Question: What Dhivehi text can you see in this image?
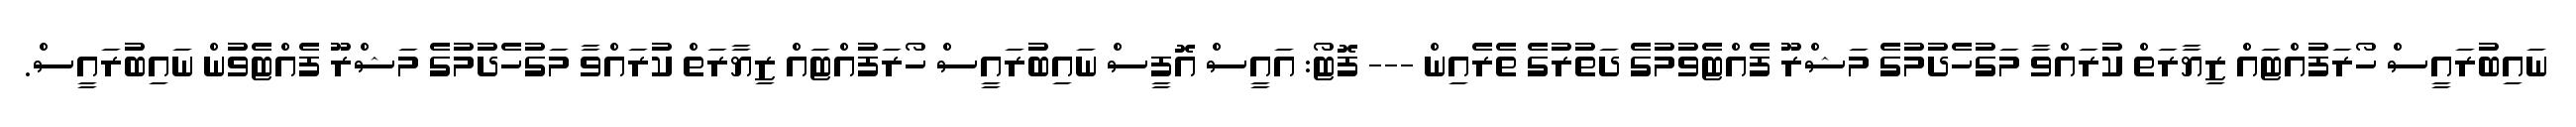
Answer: ނައިބުރައީސް ހޯރަފުއްޓައް ޒިޔާރަތް ކުރައްވާ މަގުހެދުމުގެ މަޝްރޫ ފެއްޓެވުމުގެ ދަތުރުގެ ތެރެއިން --- ފޮޓޯ: އައީސް އޮފީސް ނައިބުރައީސް ހޯރަފުއްޓައް ޒިޔާރަތް ކުރައްވާ މަގުހެދުމުގެ މަޝްރޫ ފެއްޓެވުން ނައިބުރައީސް.